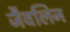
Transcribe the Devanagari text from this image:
जैवलिन